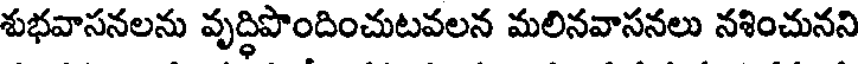
శుభవాసనలను వృద్ధిపొందించుటవలన మలినవాసనలు నశించునని